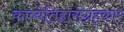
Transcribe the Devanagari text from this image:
काव्येतिहासंग्रहकार